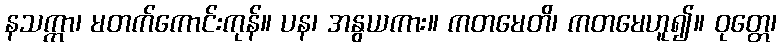
နသက္ကာ၊ မတက်ကောင်းကုန်။ ပန၊ အနွယကား။ ကတမေတိ၊ ကတမေဟူ၍။ ဝုတ္တေ၊